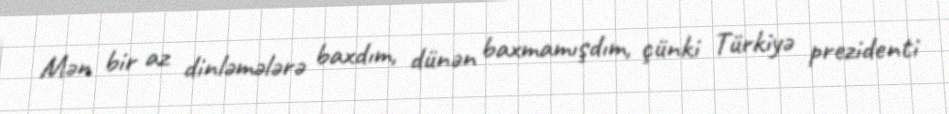
Mən bir az dinləmələrə baxdım, dünən baxmamışdım, çünki Türkiyə prezidenti